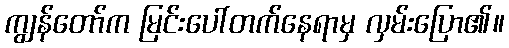
ကျွန်တော်က မြင်းပေါ်တက်နေရာမှ လှမ်းပြော၏။